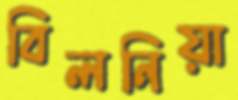
বিলনিয়া